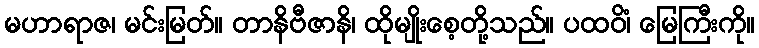
မဟာရာဇ၊ မင်းမြတ်။ တာနိဗီဇာနိ၊ ထိုမျိုးစေ့တို့သည်။ ပထဝိံ၊ မြေကြီးကို။